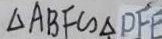
\Delta A B F \sim \Delta D F E